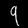
Label: 9